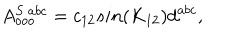
A _ { o o o } ^ { S \ a b c } = c _ { 1 2 } s i n ( K _ { 1 2 } ) d ^ { a b c } ,